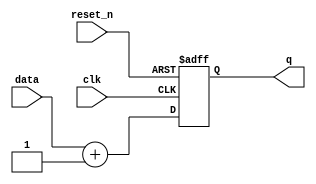
module event_driven_example (
    input wire clk,          // Clock signal
    input wire reset_n,     // Active low reset signal
    input wire [3:0] data,  // 4-bit input data
    output reg [3:0] q      // 4-bit output register
);

    // Combinational Logic Example
    reg [3:0] temp;

    always @ (data) begin
        // This block executes whenever 'data' changes
        temp = data + 1; // Simple combinational operation
    end

    // Sequential Logic Example
    always @ (posedge clk or negedge reset_n) begin
        if (!reset_n) begin
            // Reset logic
            q <= 4'b0000; // Reset output to 0
        end else begin
            // Update output on clock edge
            q <= temp; // Capture the value from combinational logic
        end
    end

endmodule